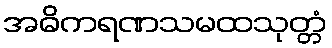
အဓိကရဏသမထသုတ္တံ